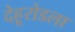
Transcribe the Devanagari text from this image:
देहूरोडला